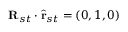
\mathbf { R } _ { s t } \cdot \hat { \mathbf { r } } _ { s t } = ( 0 , 1 , 0 )